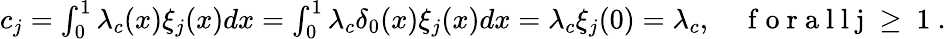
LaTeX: \begin{array}{r}{c_{j}=\int_{0}^{1}\lambda_{c}(x)\xi_{j}(x)dx=\int_{0}^{1}\lambda_{c}\delta_{0}(x)\xi_{j}(x)dx=\lambda_{c}\xi_{j}(0)=\lambda_{c},\quad\mathrm{~f~o~r~a~l~l~j~\geq~1~}.}\end{array}